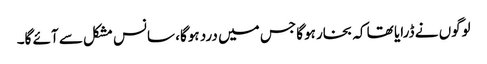
لوگوں نے ڈرایا تھا کہ بخار ہوگا جس میں درد ہوگا، سانس مشکل سے آئے گا۔